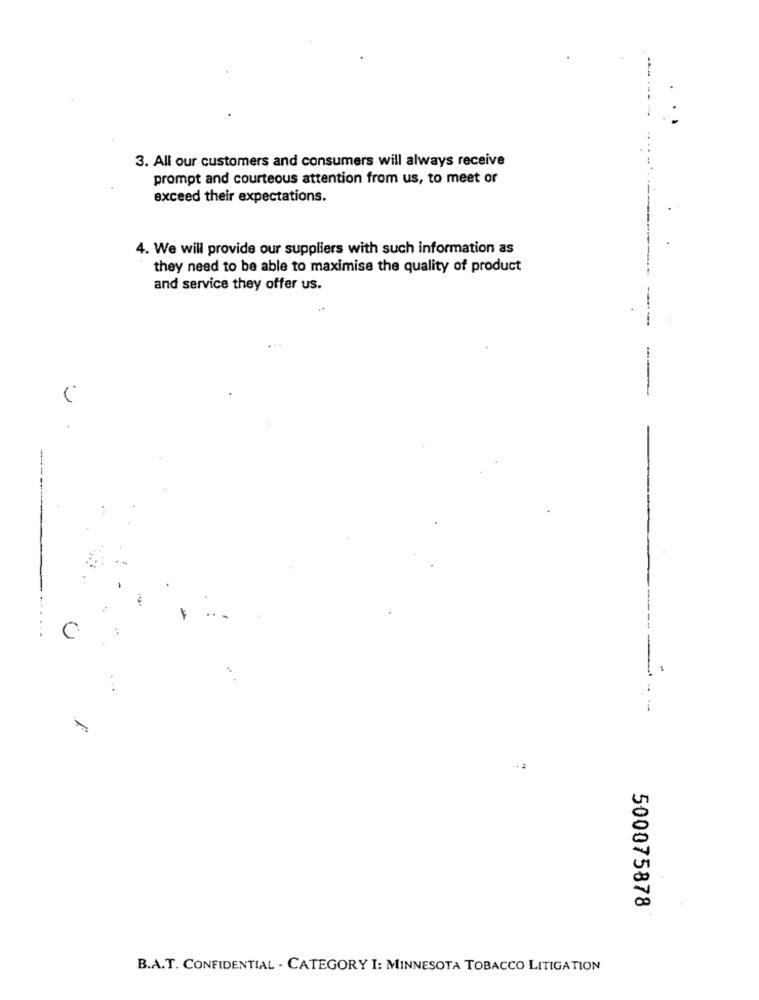
3. All our customers and consumers will always receive
prompt and courteous attention from us, to meet or
exceed their expectations.
4. We will provide our suppliers with such information as
they need to be able to maximise the quality of product
and service they offer us.
C
500075878
B.A.T. CONFIDENTIAL - CATEGORY I: MINNESOTA TOBACCO LITIGATION